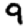
Digit: 9